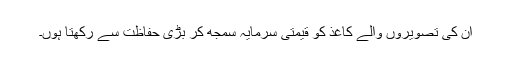
ان کی تصویروں والے کاغذ کو قیمتی سرمایہ سمجھ کر بڑی حفاظت سے رکھتا ہوں۔